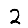
Digit: 2